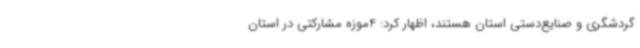
گردشگری و صنایع‌دستی استان هستند، اظهار کرد: 4موزه مشارکتی در استان